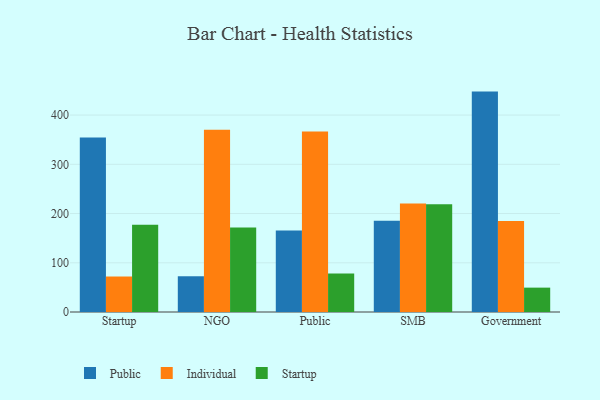
{"axis": {"x": "Segment", "y": "Churn Rate (%)"}, "legend": ["Individual", "Public", "Startup"], "data": [{"x": "Startup", "y": 354.4, "type": "Public"}, {"x": "Startup", "y": 72.1, "type": "Individual"}, {"x": "Startup", "y": 177.0, "type": "Startup"}, {"x": "NGO", "y": 72.6, "type": "Public"}, {"x": "NGO", "y": 370.0, "type": "Individual"}, {"x": "NGO", "y": 171.4, "type": "Startup"}, {"x": "Public", "y": 165.4, "type": "Public"}, {"x": "Public", "y": 366.8, "type": "Individual"}, {"x": "Public", "y": 78.1, "type": "Startup"}, {"x": "SMB", "y": 185.2, "type": "Public"}, {"x": "SMB", "y": 220.3, "type": "Individual"}, {"x": "SMB", "y": 218.9, "type": "Startup"}, {"x": "Government", "y": 447.7, "type": "Public"}, {"x": "Government", "y": 184.6, "type": "Individual"}, {"x": "Government", "y": 49.5, "type": "Startup"}]}